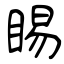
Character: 睗